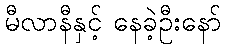
မီလာနီနှင့် နေခဲ့ဦးနော်